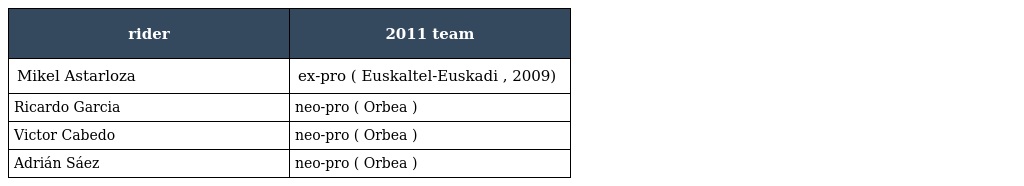
| rider | 2011 team |
 | --- | --- |
 | Mikel Astarloza | ex-pro ( Euskaltel-Euskadi , 2009) |
 | Ricardo Garcia | neo-pro ( Orbea ) |
 | Victor Cabedo | neo-pro ( Orbea ) |
 | Adrián Sáez | neo-pro ( Orbea ) |